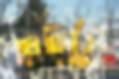
নিশিথ